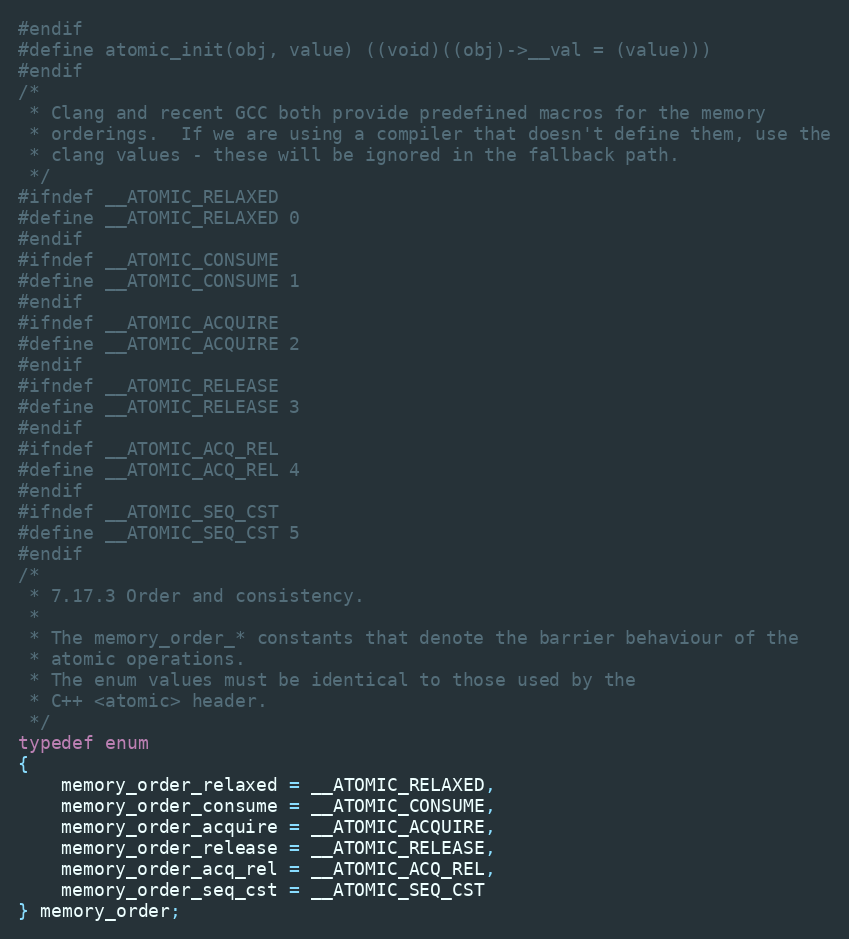
Language: C
#endif
#define atomic_init(obj, value) ((void)((obj)->__val = (value)))
#endif
/*
 * Clang and recent GCC both provide predefined macros for the memory
 * orderings.  If we are using a compiler that doesn't define them, use the
 * clang values - these will be ignored in the fallback path.
 */
#ifndef __ATOMIC_RELAXED
#define __ATOMIC_RELAXED 0
#endif
#ifndef __ATOMIC_CONSUME
#define __ATOMIC_CONSUME 1
#endif
#ifndef __ATOMIC_ACQUIRE
#define __ATOMIC_ACQUIRE 2
#endif
#ifndef __ATOMIC_RELEASE
#define __ATOMIC_RELEASE 3
#endif
#ifndef __ATOMIC_ACQ_REL
#define __ATOMIC_ACQ_REL 4
#endif
#ifndef __ATOMIC_SEQ_CST
#define __ATOMIC_SEQ_CST 5
#endif
/*
 * 7.17.3 Order and consistency.
 *
 * The memory_order_* constants that denote the barrier behaviour of the
 * atomic operations.
 * The enum values must be identical to those used by the
 * C++ <atomic> header.
 */
typedef enum
{
    memory_order_relaxed = __ATOMIC_RELAXED,
    memory_order_consume = __ATOMIC_CONSUME,
    memory_order_acquire = __ATOMIC_ACQUIRE,
    memory_order_release = __ATOMIC_RELEASE,
    memory_order_acq_rel = __ATOMIC_ACQ_REL,
    memory_order_seq_cst = __ATOMIC_SEQ_CST
} memory_order;